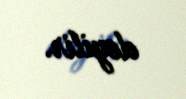
deyilir.